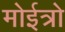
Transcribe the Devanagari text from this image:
मोईत्रो